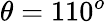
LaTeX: \theta=110^{o}